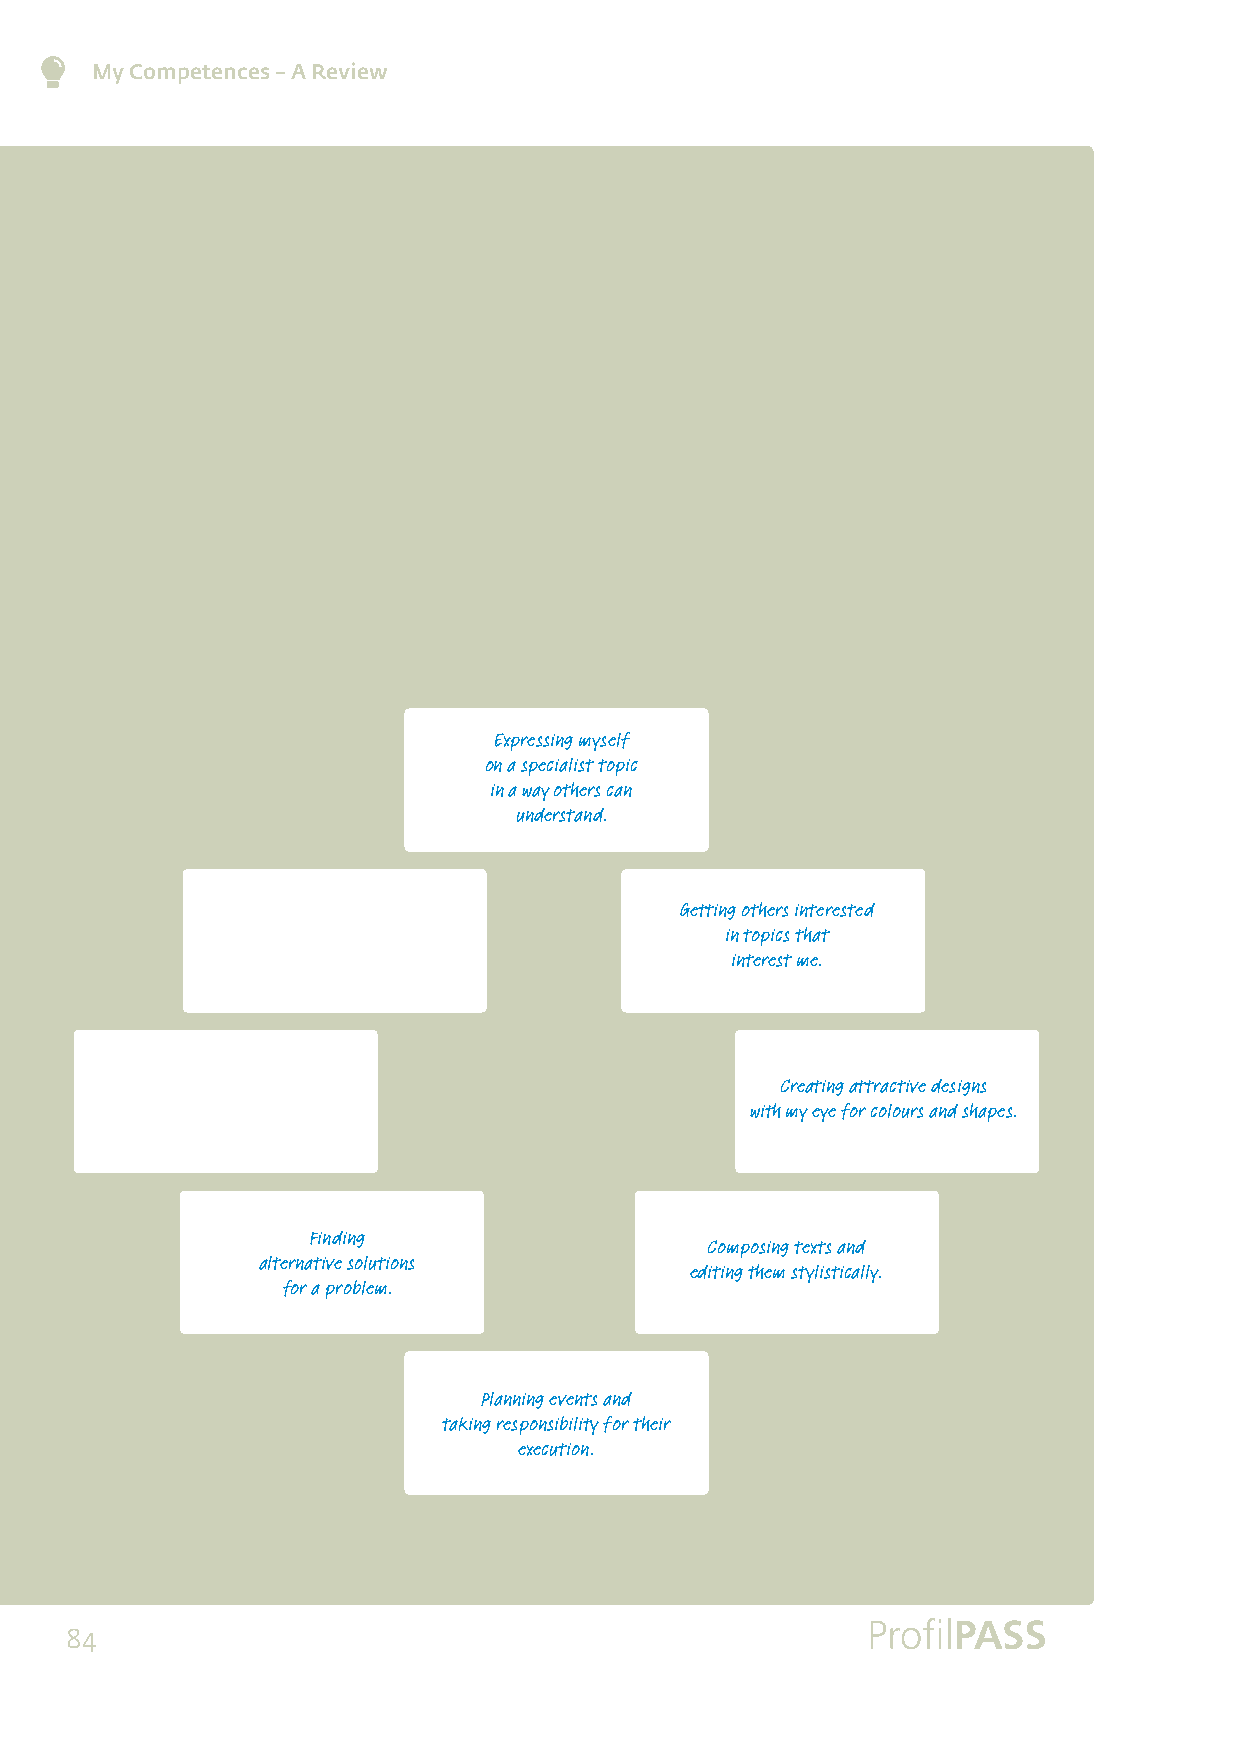
My Competences – A Review
 Expressing myself
 on a specialist topic
 in a way others can
 understand.
 Getting others interested
 in topics that
 interest me.
 Creating attractive designs
 with my eye for colours and shapes.
 Finding
 Composing texts and
 alternative solutions
 editing them stylistically.
 for a problem.
 Planning events and
 taking responsibility for their
 execution.
 84